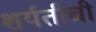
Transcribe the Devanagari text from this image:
शर्यतीची